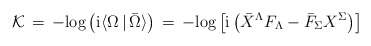
\begin{align*}{\cal K}\, = \, -\mbox{log}\left ({\rm i}\langle \Omega \, \vert \, \bar \Omega\rangle \right )\,=\, -\mbox{log}\left [ {\rm i} \left ({\bar X}^\Lambda F_\Lambda -{\bar F}_\Sigma X^\Sigma \right ) \right ]\end{align*}